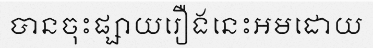
បានចុះផ្សាយរឿងនេះអមដោយ